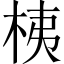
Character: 桋